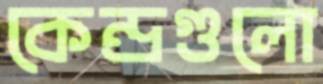
কেন্দ্রগুলো